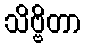
သိဗ္ဗိတာ